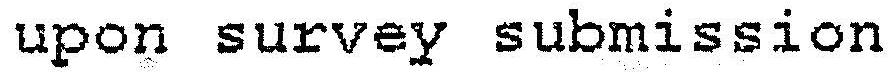
UPON SURVEY SUBMISSION